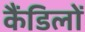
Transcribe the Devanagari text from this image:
कैंडिलों